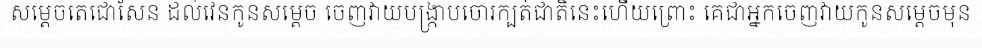
សម្តេចតេជោសែន ដល់វេនកូនសម្តេច ចេញវាយបង្ក្រាបចោរក្បត់ជាតិនេះហើយព្រោះ គេជាអ្នកចេញវាយកូនសម្តេចមុន